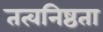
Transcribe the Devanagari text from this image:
तत्वनिष्ठता